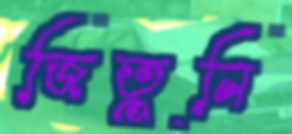
জিতুনি